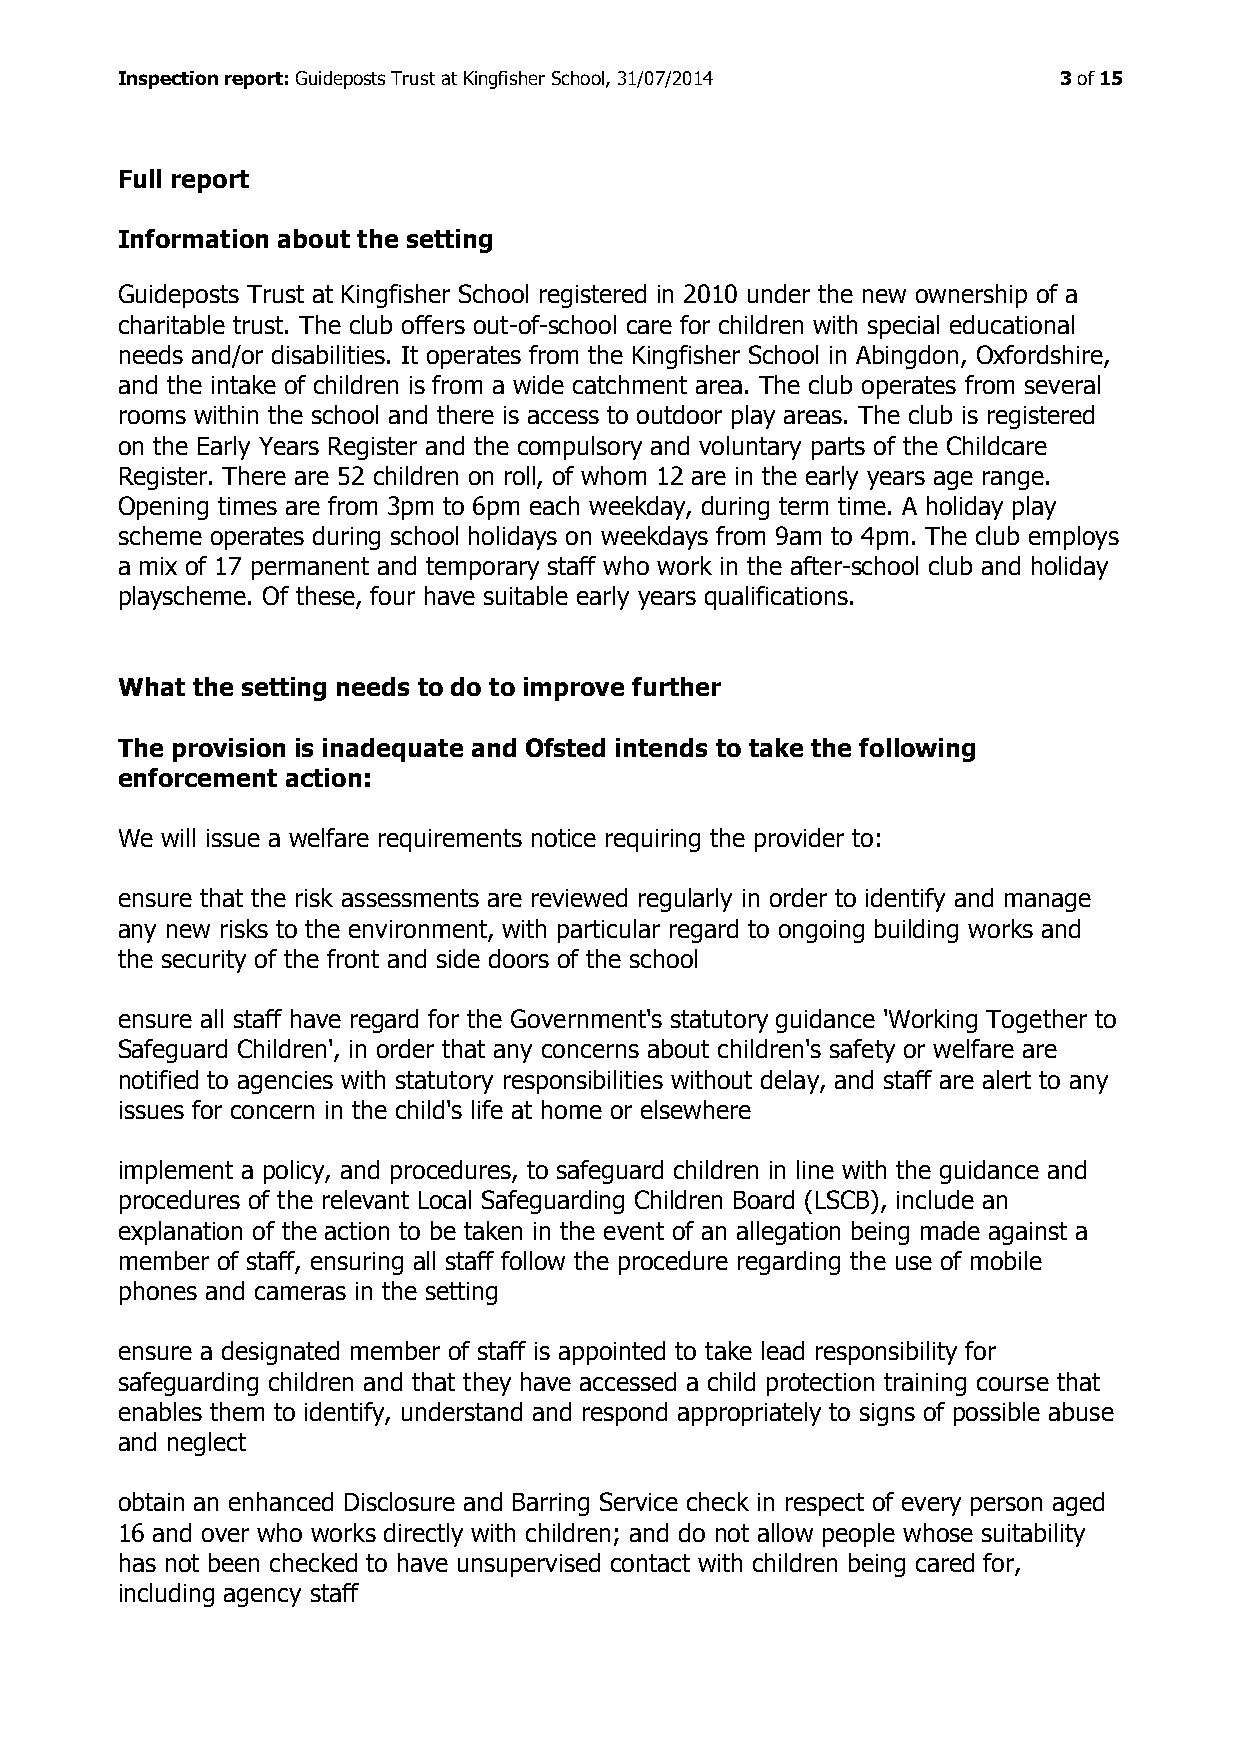
Inspection report: Guideposts Trust at Kingfisher School, 31/07/2014 3 of 15
 Full report
 Information about the setting
 Guideposts Trust at Kingfisher School registered in 2010 under the new ownership of a
 charitable trust. The club offers out-of-school care for children with special educational
 needs and/or disabilities. It operates from the Kingfisher School in Abingdon, Oxfordshire,
 and the intake of children is from a wide catchment area. The club operates from several
 rooms within the school and there is access to outdoor play areas. The club is registered
 on the Early Years Register and the compulsory and voluntary parts of the Childcare
 Register. There are 52 children on roll, of whom 12 are in the early years age range.
 Opening times are from 3pm to 6pm each weekday, during term time. A holiday play
 scheme operates during school holidays on weekdays from 9am to 4pm. The club employs
 a mix of 17 permanent and temporary staff who work in the after-school club and holiday
 playscheme. Of these, four have suitable early years qualifications.
 What the setting needs to do to improve further
 The provision is inadequate and Ofsted intends to take the following
 enforcement action:
 We will issue a welfare requirements notice requiring the provider to:
 ensure that the risk assessments are reviewed regularly in order to identify and manage
 any new risks to the environment, with particular regard to ongoing building works and
 the security of the front and side doors of the school
 ensure all staff have regard for the Government's statutory guidance 'Working Together to
 Safeguard Children', in order that any concerns about children's safety or welfare are
 notified to agencies with statutory responsibilities without delay, and staff are alert to any
 issues for concern in the child's life at home or elsewhere
 implement a policy, and procedures, to safeguard children in line with the guidance and
 procedures of the relevant Local Safeguarding Children Board (LSCB), include an
 explanation of the action to be taken in the event of an allegation being made against a
 member of staff, ensuring all staff follow the procedure regarding the use of mobile
 phones and cameras in the setting
 ensure a designated member of staff is appointed to take lead responsibility for
 safeguarding children and that they have accessed a child protection training course that
 enables them to identify, understand and respond appropriately to signs of possible abuse
 and neglect
 obtain an enhanced Disclosure and Barring Service check in respect of every person aged
 16 and over who works directly with children; and do not allow people whose suitability
 has not been checked to have unsupervised contact with children being cared for,
 including agency staff